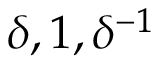
\delta , 1 , \delta ^ { - 1 }